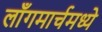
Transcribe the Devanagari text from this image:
लाँगमार्चमध्ये